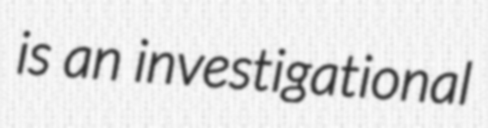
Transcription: is an investigational